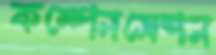
কম্পেনসেশন